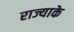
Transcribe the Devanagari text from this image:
राज्याके